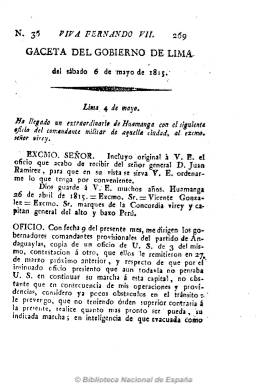
Título: Gaceta del Gobierno de Lima (1810)
Otros títulos: Gaceta extraordinaria del Gobierno de Lima || Gazeta del Gobierno de Lima || Título entre 13 jul. y 6 ag. 1814: Gaceta ministerial de Lima
Colección: Gacetas
Ámbito geográfico: Perú
Lugar de publicación: Lima
Fechas: 06/05/1815-19/01/1821

Como continuación de Minerva peruana (1804-1810), el 13 de octubre de 1810 aparece esta gaceta, como órgano oficial del Virreinato del Perú, que se estará publicando hasta que, en julio de 1821, el general José de San Martín declare la independencia de esta nación, y en su lugar se publique Gaceta del Gobierno de Lima independiente. Esta gaceta tiene un gran valor historiográfico no sólo para el conocimiento del largo y complejo proceso independista peruano sino del de los demás países latinoamericanos.

Publica noticias de los acontecimientos que se producen en España, Europa, Perú y el resto de Hispanoamérica, así como artículos de oficio, reales órdenes y decretos, proclamas, manifiestos, bandos, comunicados oficiales, partes de guerra dando cuenta de las victorias y derrotas de los ejércitos en litigio, pero también editoriales, impugnaciones y noticias locales sobre teatro, ventas, traspasos, movimiento portuario, avisos, artículos científicos y literarios, composiciones poéticas, etc.

Como órgano oficial del Virreinato y, por tanto, “fidelista”, este nombrará a sus redactores, que a partir de 1814 lo serán José Pezet y José Gregorio Paredes. También lo redactarán el arcediano Ruiz de Navamuel y el clérigo José Joaquín de Larriva. Su principal editor será Guillermo del Río, que ya lo había sido de Minerva peruana, y saldrá de la limeña imprenta de los Huérfanos. A partir de ese año ejercerá el monopolio de la prensa peruana y desde mayo de 1815 hasta 1816 en su cabecera estampará el lema “Viva Fernando VII”.

Será un periódico, por lo general, de ocho páginas por número, con numeración y foliación continuada anual. Su periodicidad variará, será semanal, pero también bisemanal, saliendo miércoles y sábados, pero también jueves y viernes. La colección de la Biblioteca Nacional de España cuenta con algunos números, en concreto con varios de sus números extraordinarios, siendo el de 23 de diciembre de 1815 una reimpresión gaditana de Nicolás Gómez de Requena.

En 1971, con motivo de sesquicentenario de la independencia del Perú, el Ministerio de Asuntos Exteriores español publica en tres tomos los facsímiles de esta gaceta de los años 1816, 1817 y 1818, con un prólogo de Jaime Casado. La Fundación Eugenio Mendoza publicará también en Caracas el facsímil correspondiente a los años 1823-1826 de la gaceta “patriótica” que la continúa.